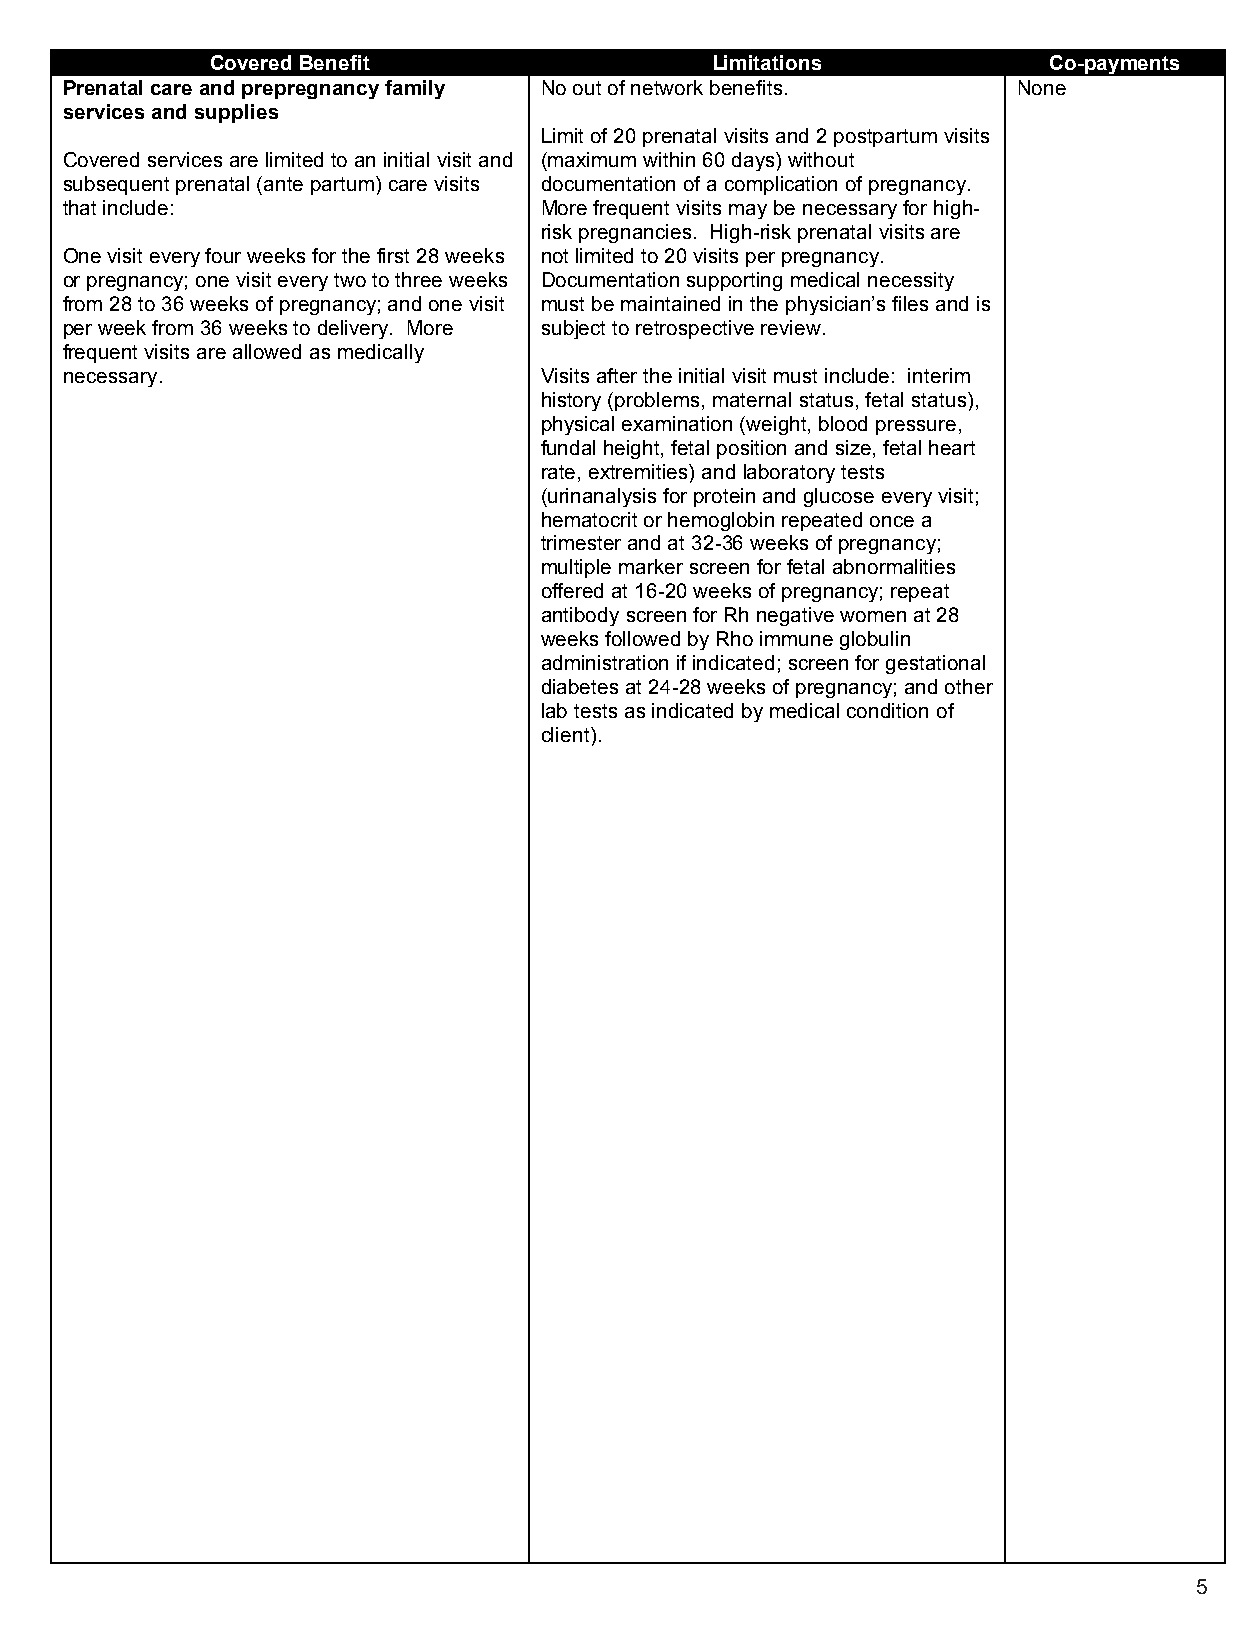
Covered Benefit                  Limitations           Co-payments
 Prenatal care and prepregnancy family No out of network benefits. None
 services and supplies
 Limit of 20 prenatal visits and 2 postpartum visits
 Covered services are limited to an initial visit and (maximum within 60 days) without
 subsequent prenatal (ante partum) care visits documentation of a complication of pregnancy.
 that include:                   More frequent visits may be necessary for high-
 risk pregnancies. High-risk prenatal visits are
 One visit every four weeks for the first 28 weeks not limited to 20 visits per pregnancy.
 or pregnancy; one visit every two to three weeks Documentation supporting medical necessity
 from 28 to 36 weeks of pregnancy; and one visit must be maintained in the physician’s files and is
 per week from 36 weeks to delivery. More subject to retrospective review.
 frequent visits are allowed as medically
 necessary.                      Visits after the initial visit must include: interim
 history (problems, maternal status, fetal status),
 physical examination (weight, blood pressure,
 fundal height, fetal position and size, fetal heart
 rate, extremities) and laboratory tests
 (urinanalysis for protein and glucose every visit;
 hematocrit or hemoglobin repeated once a
 trimester and at 32-36 weeks of pregnancy;
 multiple marker screen for fetal abnormalities
 offered at 16-20 weeks of pregnancy; repeat
 antibody screen for Rh negative women at 28
 weeks followed by Rho immune globulin
 administration if indicated; screen for gestational
 diabetes at 24-28 weeks of pregnancy; and other
 lab tests as indicated by medical condition of
 client).
 5